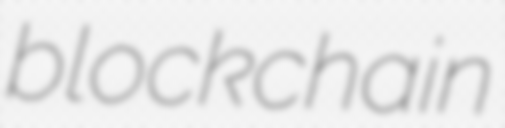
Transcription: blockchain